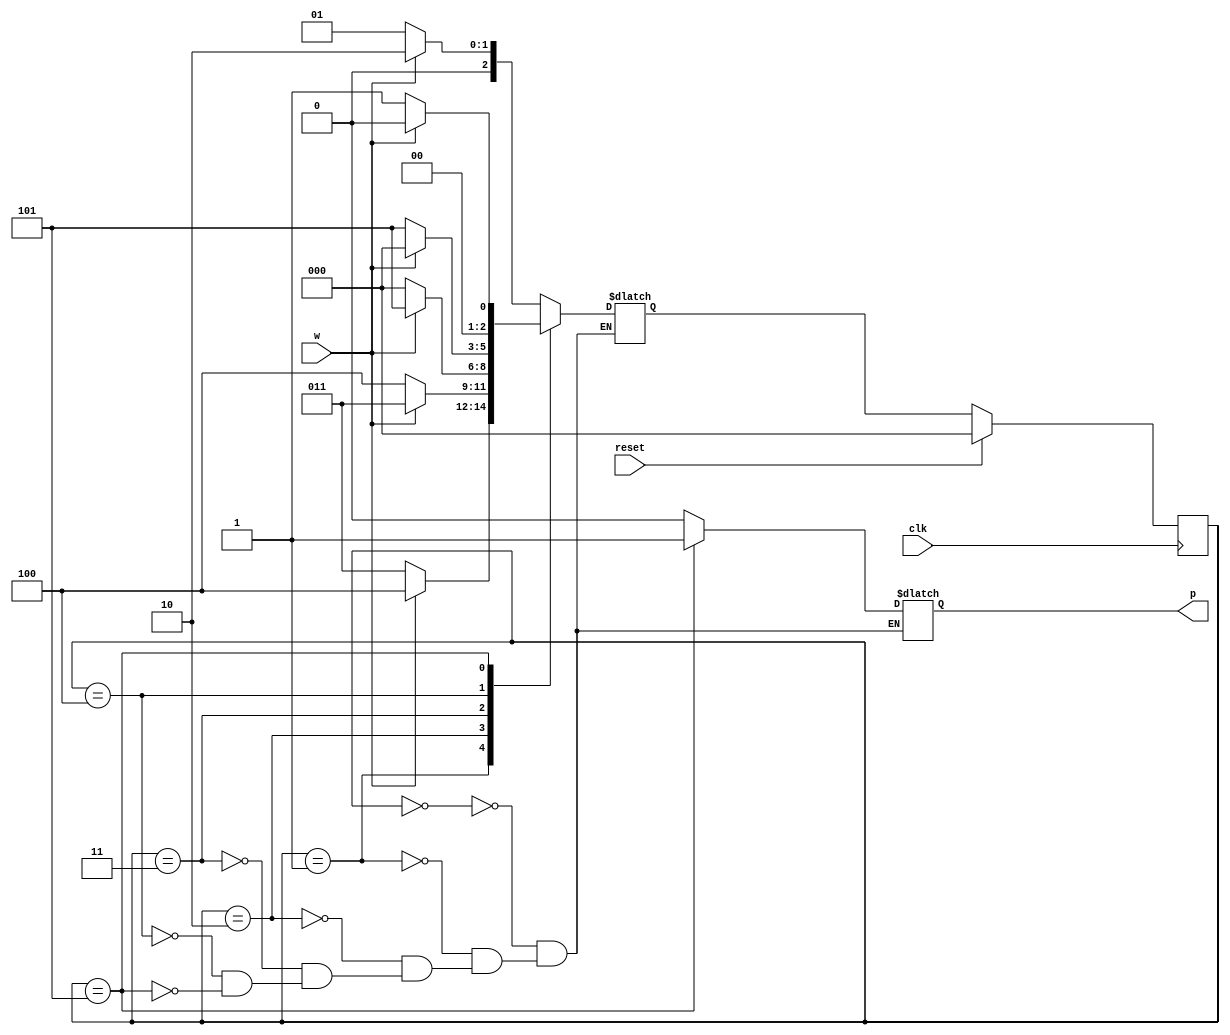
`timescale 1ns / 1ps

module buggy_parity_generator(
input w,
input clk,
input reset,
output reg p
   );

reg [2:0] PS, NS;
parameter S0=3'b000, S1=3'b001,S2=3'b010, S3=3'b011,  S4=3'b100, S5=3'b101;         

initial    
begin
PS=3'b000;
NS=3'b000;
end

always@(w,PS)
begin
case(PS)
S0: begin
    p=1'b0;
    if(!w)  NS=S1;
    else    NS=S2;
    end

S1: begin
    p=1'b0;
    if(!w)  NS=S3;
    else    NS=S4;
    end    
    
S2: begin
    p=1'b0;
    if(!w)  NS=S4;
    else    NS=S3;
    end 


S3: begin
    p=1'b0;
    if(!w)  NS=S0;
    else    NS=S5;
    end 
   
S4: begin
    p=1'b0;
    if(!w)  NS=S5;
    else    NS=S0;
    end 


S5: begin
    p=1'b1;
    if(!w)  NS=S1;
    // ###-------------BUG--------------### S2 is replaced with S0 in else case
    else    NS=S0; 
    end
    
default: begin end 
endcase
end  
    
always@(posedge clk)
begin
    if(reset)
        PS<=S0;
    else
        PS<=NS;
end


endmodule